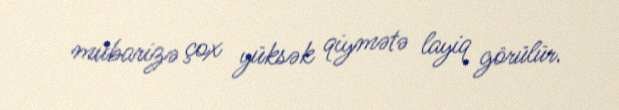
mübarizə çox yüksək qiymətə layiq görülür.